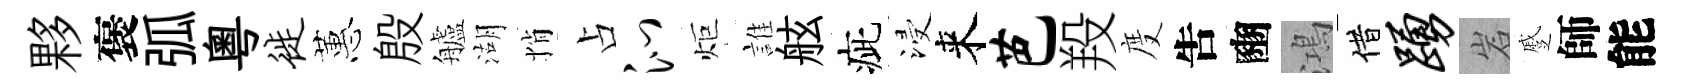
夥褒弧粵徙蕙殷艫湖悄占沁炬誰舷疵浸来芭羖度吿豳鴻借踊岩蹙師能